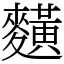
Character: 䵃